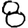
Digit: 8